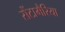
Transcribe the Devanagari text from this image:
सेंटामैरिया